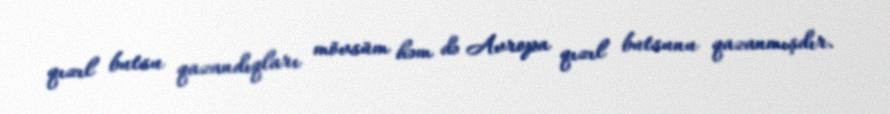
qızıl butsu qazandıqları mövsüm həm də Avropa qızıl butsunu qazanmışdır.